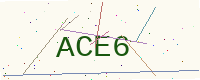
Text: ACE6